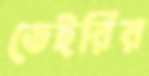
ডেইরির